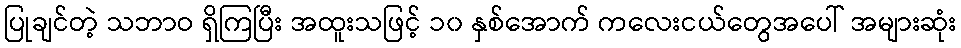
ပြုချင်တဲ့ သဘာဝ ရှိကြပြီး အထူးသဖြင့် ၁၀ နှစ်အောက် ကလေးငယ်တွေအပေါ် အများဆုံး